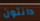
دانتون